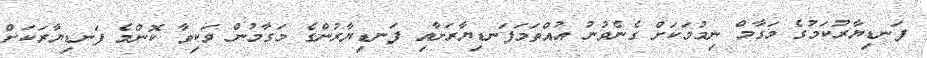
ފަނޑިޔާރުކަމުގެ މަގާމް ނިމުމަކަށް ގެނެވުނު އުއްތަމަފަނޑިޔާރަށާއި ފަނޑިޔާރުންގެ މަގާމުން ވަކިވާ ކޮންމެ ފަނޑިޔާރަކަށް